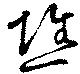
憔